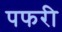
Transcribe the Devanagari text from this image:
पफरी